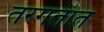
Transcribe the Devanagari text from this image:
तरगतात